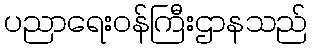
ပညာရေးဝန်ကြီးဌာနသည်